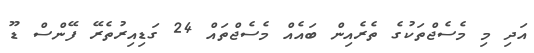
އަދި މި މެސެޖްތަކުގެ ތެރެއިން ބައެއް މެސެޖްތައް 24 ގަޑިއިރުތެރޭ ފޭންސް ޑޫ